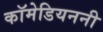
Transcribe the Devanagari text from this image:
कॉमेडियननी